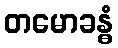
တမောခန္ဓံ